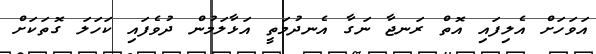
އަވަހަށް އެލިފައި އޮތް ރަނޖާ ނަގާ އެނދުމަތީ އަޅާލަމުން ދުވެފައި ކަހަލަ ގޮތަކަށް